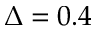
\Delta = 0 . 4